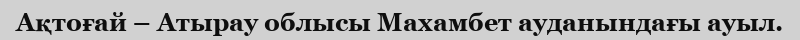
Ақтоғай – Атырау облысы Махамбет ауданындағы ауыл.